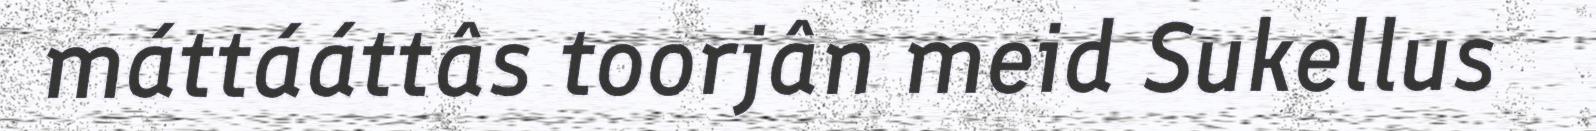
máttááttâs toorjân meid Sukellus